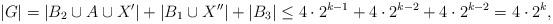
LaTeX: \begin{align*} |G|=|B_2\cup A\cup X'|+|B_1\cup X''|+|B_3|\le 4\cdot 2^{k-1}+4\cdot 2^{k-2}+4\cdot 2^{k-2}=4\cdot 2^{k}, \end{align*}